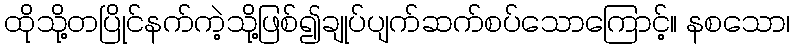
ထိုသို့တပြိုင်နက်ကဲ့သို့ဖြစ်၍ချုပ်ပျက်ဆက်စပ်သောကြောင့်။ နစသော၊